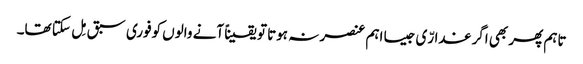
تاہم پھر بھی اگر غدارّی جیسا اہم عنصر نہ ہوتا تو یقیناً آنے والوں کوفوری سبق مِل سکتا تھا۔